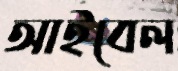
আইবেল